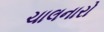
ચાલનારો